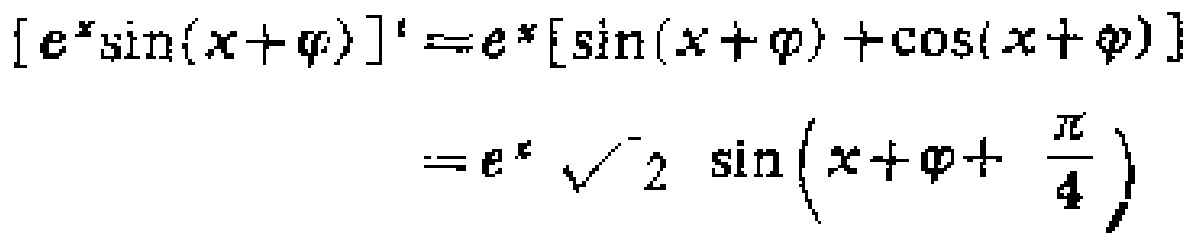
\[
\begin{align*}
\left[e^{x}\sin(x + \varphi)\right]'&=e^{x}[\sin(x + \varphi)+\cos(x + \varphi)]\\
&=e^{x}\sqrt{2}\sin\left(x+\varphi+\frac{\pi}{4}\right)
\end{align*}
\]